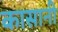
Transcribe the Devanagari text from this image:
कासानी